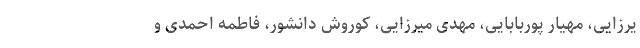
یرزایی، مهیار پوربابایی، مهدی میرزایی، کوروش دانشور، فاطمه احمدی و